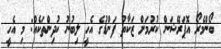
ބޯންމެރޯ އޮޕަރޭޝަން ކުރުމަށް ޒަކާތު ފަންޑުގެ އެހީ ލިބުނު ކުދިންތަކެއް: މި އެހީ